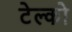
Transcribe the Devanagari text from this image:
टेल्‍को